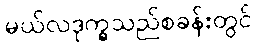
မယ်လဒုက္ခသည်စခန်းတွင်